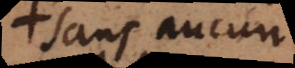
sans aucune